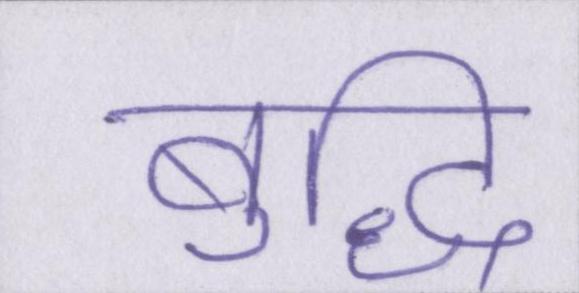
बुद्धि